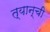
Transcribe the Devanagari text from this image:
त्यान्ची